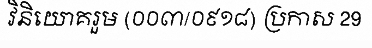
វិនិយោគរួម (០០៣/០៩១៨) ប្រកាស 29